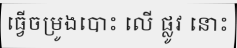
ធ្វើចម្រូងបោះ លើ ផ្លូវ នោះ